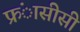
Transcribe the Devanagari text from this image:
फ्रंासीसी